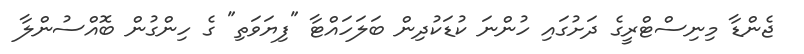
ޖެންޑާ މިނިސްޓްރީގެ ދަށުގައި ހުންނަ ކުޑަކުދިން ބަލަހައްޓާ "ފިޔަވަތި" ގެ ހިންގުން ބޮއްސުންލާ